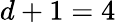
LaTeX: d+1=4